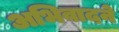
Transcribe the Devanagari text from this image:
अभिवादने